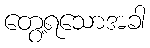
တွေ့ရသောအခါ